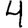
Digit: 4